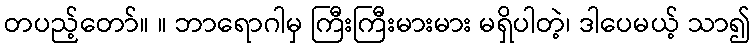
တပည့်တော်။ ။ ဘာရောဂါမှ ကြီးကြီးမားမား မရှိပါတဲ့၊ ဒါပေမယ့် သာ၍